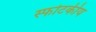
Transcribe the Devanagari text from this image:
स्फोटकीय